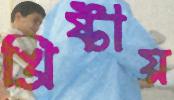
খ্রিষ্টীয়